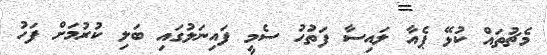
މެޗުތައް ކުޅޭ ޕެއާ ލައިސާ ފަތުހު ސެމީ ފައިނަލުގައި ބަލި ކުރުމަށް ފަހު